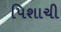
પિશાચી